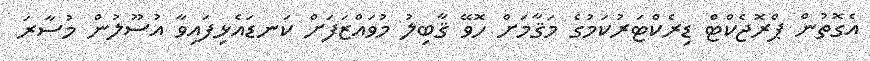
އެގޮތުން ޕްރޮޖެކްޓް ޑިރެކްޓަރުކަމުގެ މަޤާމަށް ހޮވޭ ޤާބިލު މުވައްޒަފަށް ކަނޑައެޅިފައިވާ އުސޫލުން މުސާރަ